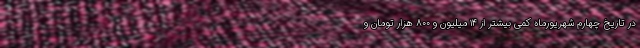
در تاریخ چهارم شهریورماه کمی بیشتر از ۱۴ میلیون و ۸۰۰ هزار تومان و